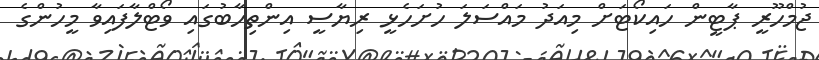
ޖުމްހޫރީ ޕާޓީން ހައިކޯޓަށް މިއަދު މައްސަލަ ހުށަހެޅީ ރިޔާސީ އިންތިހާބުގައި ވޯޓްލާފައިވާ މީހުންގެ